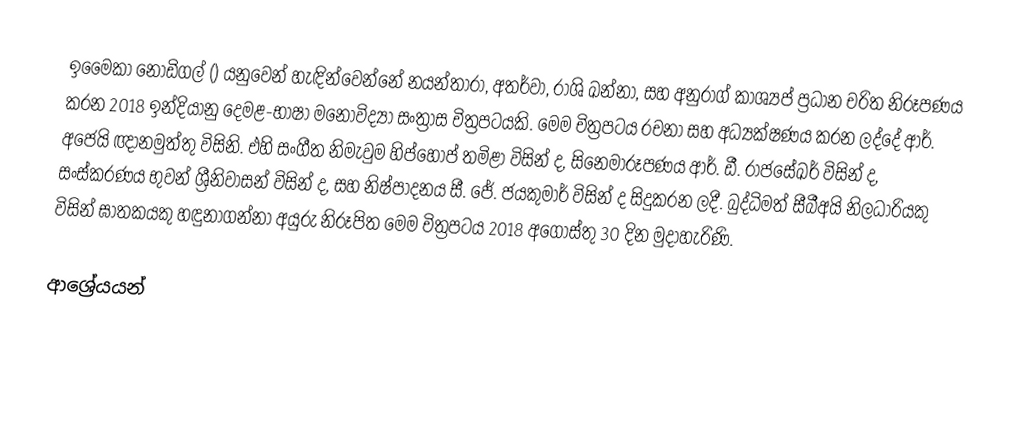
ඉමෛකා නොඩිගල් () යනුවෙන් හැඳින්වෙන්නේ නයන්තාරා, අතර්වා, රාශි ඛන්නා, සහ අනුරාග් කාශ්‍යප් ප්‍රධාන චරිත නිරූපණය කරන 2018 ඉන්දියානු දෙමළ-භාෂා මනෝවිද්‍යා සංත්‍රාස චිත්‍රපටයකි. මෙම චිත්‍රපටය රචනා සහ අධ්‍යක්ෂණය කරන ලද්දේ ආර්. අජෙයි ඥානමුත්තු විසිනි. එහි සංගීත නිමැවුම හිප්හොප් තමිළා විසින් ද, සිනෙමාරූපණය ආර්. ඩී. රාජසේඛර් විසින් ද, සංස්කරණය භුවන් ශ්‍රීනිවාසන් විසින් ද, සහ නිෂ්පාදනය සී. ජේ. ජයකුමාර් විසින් ද සිදුකරන ලදී. බුද්ධිමත් සීබීඅයි නිලධාරියකු විසින් ඝාතකයකු හඳුනාගන්නා අයුරු නිරූපිත මෙම චිත්‍රපටය 2018 අගෝස්තු 30 දින මුදාහැරිණි.

ආශ්‍රේයයන්